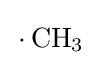
{\,{\cdot }\,\mathrm {CH} {\vphantom {A}}_{\smash[{t}]{3}}}